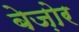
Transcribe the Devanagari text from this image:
बेज़ोर